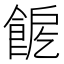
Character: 𩛪